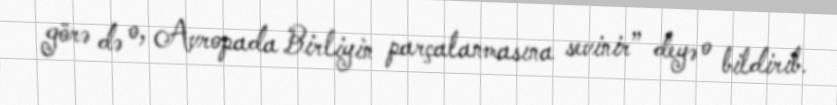
görə də o, Avropada Birliyin parçalanmasına sevinir” deyə o bildirib.